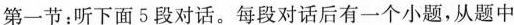
第一节:听下面5段对话.每段对话后有一个小题,从题中